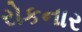
રોકનાર